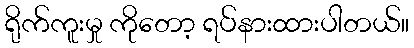
ရိုက်ကူးမှု ကိုတော့ ရပ်နားထားပါတယ်။